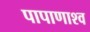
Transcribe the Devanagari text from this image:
पापाणाश्व